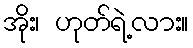
အိုး၊ ဟုတ်ရဲ့လား။